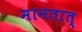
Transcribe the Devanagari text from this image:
मानतात्